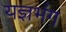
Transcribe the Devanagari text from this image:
यज्ञभंग